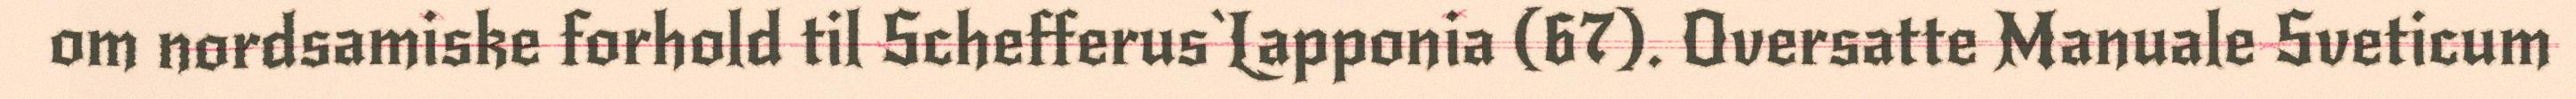
om nordsamiske forhold til Schefferus`Lapponia (67). Oversatte Manuale Sveticum